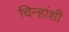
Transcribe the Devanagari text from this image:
चिन्हांशी